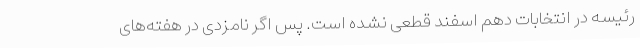
رئیسه در انتخابات دهم اسفند قطعی نشده است. پس اگر نامزدی در هفته‌های